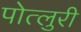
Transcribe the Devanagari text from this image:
पोत्लुरी